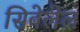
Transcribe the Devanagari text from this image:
सिवेलेल